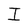
Character: I